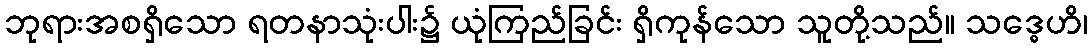
ဘုရားအစရှိသော ရတနာသုံးပါး၌ ယုံကြည်ခြင်း ရှိကုန်သော သူတို့သည်။ သဒ္ဓေဟိ၊